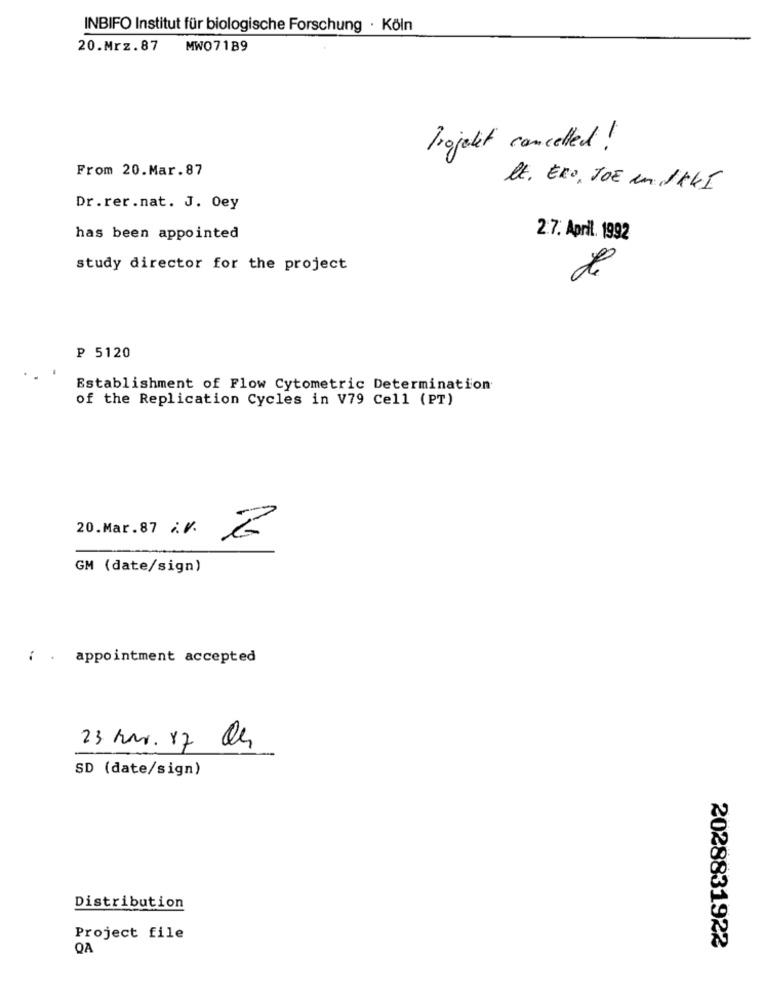
INBIFO Institut für biologische Forschung · Köln
20.Mrz.87
MWO7189
Projekt cancelled !
From 20.Mar.87
lt. ERO, JOE un JAKI
Dr.rer.nat. J. Oey
has been appointed
2.7. April. 1992
study director for the project
de
P 5120
Establishment of Flow Cytometric Determination
of the Replication Cycles in V79 Cell (PT)
20.Mar.87 %V.
GM (date/sign)
i . appointment accepted
23 kar. 17 De
SD (date/sign)
Distribution
Project file
QA
2028831922